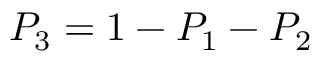
P _ { 3 } = 1 - P _ { 1 } - P _ { 2 }